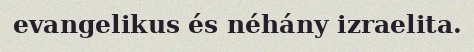
evangelikus és néhány izraelita.